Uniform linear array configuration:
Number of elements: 12
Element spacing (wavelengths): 0.75
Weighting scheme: uniform
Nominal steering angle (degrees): -15
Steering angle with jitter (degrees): -15.074
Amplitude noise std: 0.05
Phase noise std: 0.05

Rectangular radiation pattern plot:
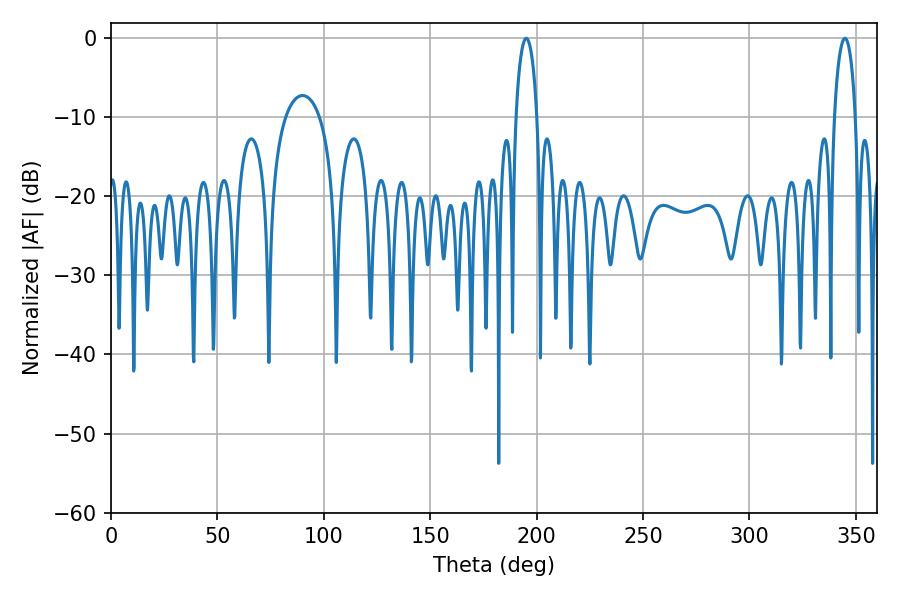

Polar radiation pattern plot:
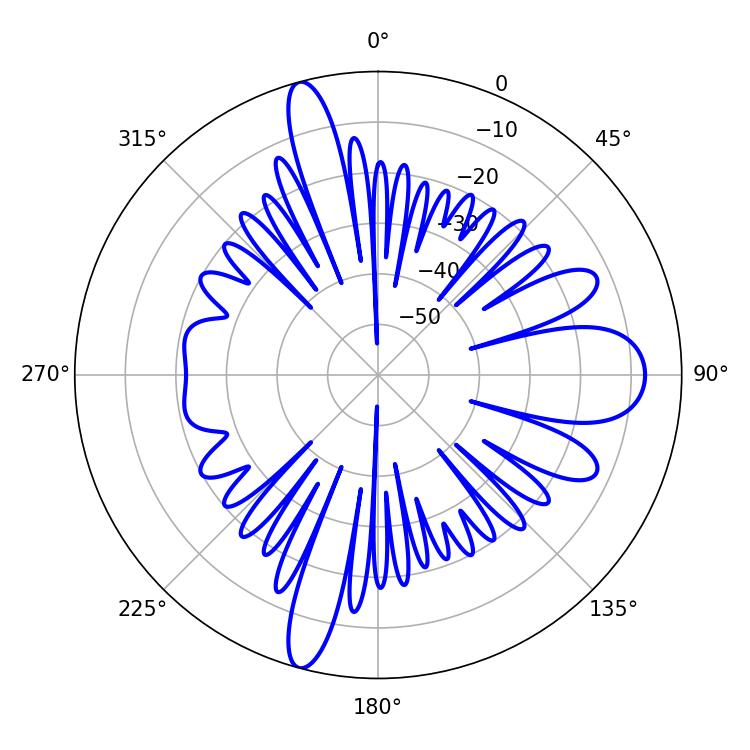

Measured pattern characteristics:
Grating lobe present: TRUE
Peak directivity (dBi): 26.14
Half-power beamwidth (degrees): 5.76
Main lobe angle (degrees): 195.12